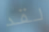
لقد